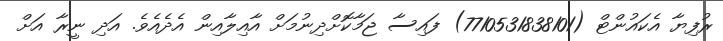
ރުފިޔާ އެކައުންޓް (7710531838101) ފައިސާ ޖަމާކޮށްދިނުމަށް އާއިލާއިން އެދެއެވެ. އަދި ނީރާ އަށް